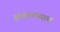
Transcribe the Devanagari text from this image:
संस्थानच्याच